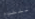
للقدوم